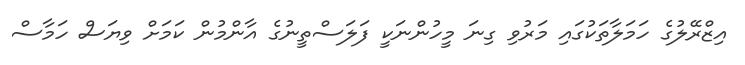
އިޒްރޭލުގެ ހަމަލާތަކުގައި މަރުވި ގިނަ މީހުންނަކީ ފަލަސްތީނުގެ އާންމުން ކަމަށް ވިޔަސް ހަމާސް